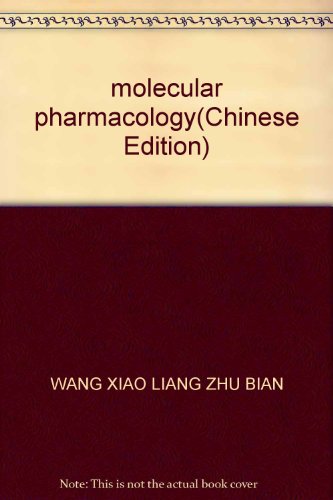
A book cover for molecular pharmacology; WANG XIAO LIANG ZHU BIAN; Medical Books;